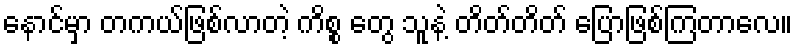
နောင်မှာ တကယ်ဖြစ်လာတဲ့ ကိစ္စ တွေ သူနဲ့ တိတ်တိတ် ပြောဖြစ်ကြတာလေ။